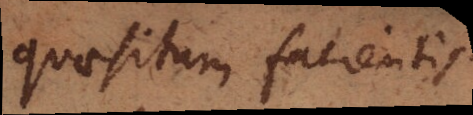
quaesitum facientis